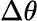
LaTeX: \Delta\theta